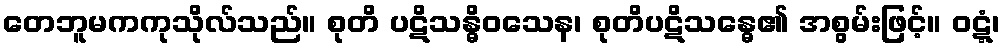
တေဘူမကကုသိုလ်သည်။ စုတိ ပဋိသန္ဓိဝသေန၊ စုတိပဋိသန္ဓေ၏ အစွမ်းဖြင့်။ ဝဋ္ဋံ၊